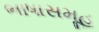
ભાષાસમૂહ